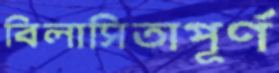
বিলাসিতাপূর্ণ